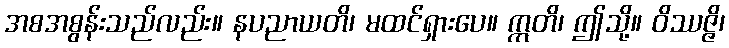
အစအစွန်းသည်လည်း။ နပညာယတိ၊ မထင်ရှားပေ။ ဣတိ၊ ဤသို့။ ဝိဿဇ္ဇိ၊